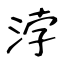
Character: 浡